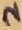
Text: 2